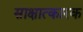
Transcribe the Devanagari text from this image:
साक्षात्कारक